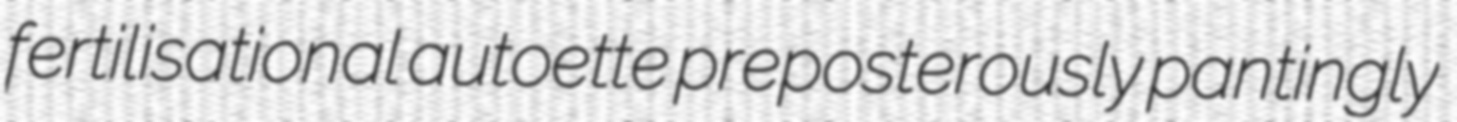
fertilisational autoette preposterously pantingly